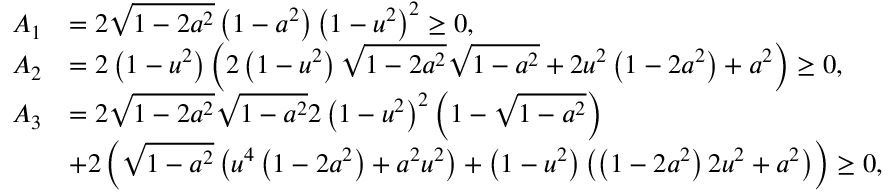
\begin{array} { r l } { A _ { 1 } } & { = 2 \sqrt { 1 - 2 a ^ { 2 } } \left( 1 - a ^ { 2 } \right) \left( 1 - u ^ { 2 } \right) ^ { 2 } \ge 0 , } \\ { A _ { 2 } } & { = 2 \left( 1 - u ^ { 2 } \right) \left( 2 \left( 1 - u ^ { 2 } \right) \sqrt { 1 - 2 a ^ { 2 } } \sqrt { 1 - a ^ { 2 } } + 2 u ^ { 2 } \left( 1 - 2 a ^ { 2 } \right) + a ^ { 2 } \right) \ge 0 , } \\ { A _ { 3 } } & { = 2 \sqrt { 1 - 2 a ^ { 2 } } \sqrt { 1 - a ^ { 2 } } 2 \left( 1 - u ^ { 2 } \right) ^ { 2 } \left( 1 - \sqrt { 1 - a ^ { 2 } } \right) } \\ & { + 2 \left( \sqrt { 1 - a ^ { 2 } } \left( u ^ { 4 } \left( 1 - 2 a ^ { 2 } \right) + a ^ { 2 } u ^ { 2 } \right) + \left( 1 - u ^ { 2 } \right) \left( \left( 1 - 2 a ^ { 2 } \right) 2 u ^ { 2 } + a ^ { 2 } \right) \right) \ge 0 , } \end{array}